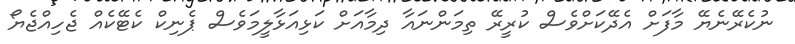
ނުކެރޭނެޔޭ މާފަށް އެދޭކަށްވެސް ކުރީރޭ ތިމަންނައާ ދިމާއަށް ކަޅިއަޅާލީމަވެސް ޕެނިކް ކެޓޭކެއް ޖެހިއްޖެޔޯ